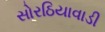
સોરઠિયાવાડી